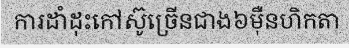
ការដាំដុះកៅស៊ូច្រើនជាង៦ម៉ឺនហិកតា